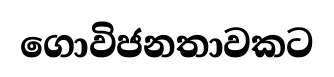
ගොවිජනතාවකට